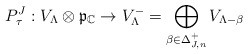
\begin{align*}P^J_\tau: V_\Lambda\otimes\frak{p}_{\mathbb{C}}\to V^-_\Lambda = \bigoplus_{\beta\in \Delta_{J,n}^+}V_{\Lambda-\beta}\end{align*}